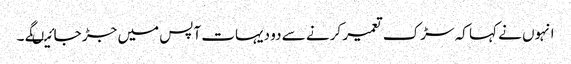
انہوں نے کہا کہ سڑک تعمیر کرنے سے دو دیہات آپس میں جڑ جائیںگے ۔